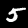
Digit: 5